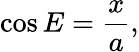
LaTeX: \cos E={\frac{x}{a}},